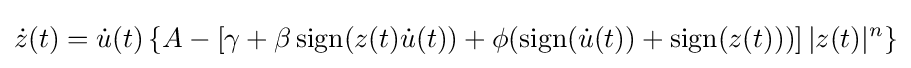
{\dot {z}}(t)={\dot {u}}(t)\left\{A-\left[\gamma +\beta \operatorname {sign} (z(t){\dot {u}}(t))+\phi (\operatorname {sign} ({\dot {u}}(t))+\operatorname {sign} (z(t)))\right]|z(t)|^{n}\right\}